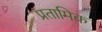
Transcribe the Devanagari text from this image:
प्रतामिक